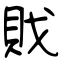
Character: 戝